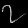
Digit: ၇